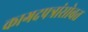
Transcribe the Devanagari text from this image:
कागदपत्रांसोबत